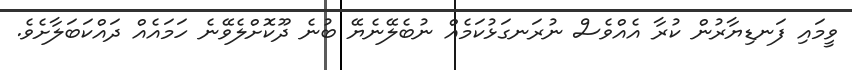
ވީމައި ފަނޑިޔާރުން ކުރާ އެއްވެސް ނުރަނގަޅުކަމެއް ނުބެލޭނެޔޭ ބުނެ ދޫކޮށްލެވޭނެ ހަމައެއް ދައްކަބަލާށެވެ.